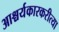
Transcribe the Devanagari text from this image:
आश्चर्यकारकरीत्या